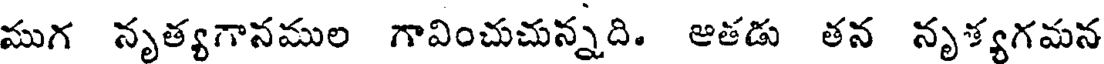
ముగ నృత్యగానముల గావించుచున్నది. అతడు తన నృశ్యగమన